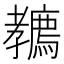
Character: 𡦲